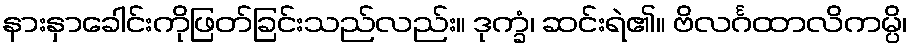
နားနှာခေါင်းကိုဖြတ်ခြင်းသည်လည်း။ ဒုက္ခံ၊ ဆင်းရဲ၏။ ဗိလင်္ဂထာလိကမ္ပိ၊